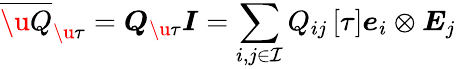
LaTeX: \overline{{\u{Q}}}_{\u{\tau}}=\boldsymbol{Q}_{\u{\tau}}\boldsymbol{I}=\sum_{i,j\in\mathcal{I}}Q_{ij}\left[\tau\right]\boldsymbol{e}_{i}\otimes\boldsymbol{E}_{j}